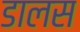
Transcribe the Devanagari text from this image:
डालस